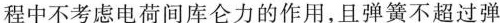
程中不考虑电荷间库仑力的作用，且弹簧不超过弹